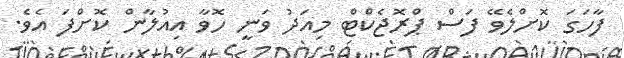
ފާހަގަ ކޮށްލެވޭ ފަސް ޕްރޮޖެކްޓް މިއަދު ވަނީ ހޮވާ އިއުލާން ކޮށްފަ އެވެ.